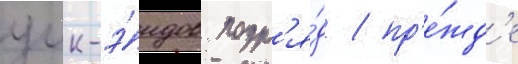
уик-э́ндов подр'я́д / пр'е́жд'е